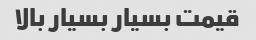
قیمت بسیار بسیار بالا